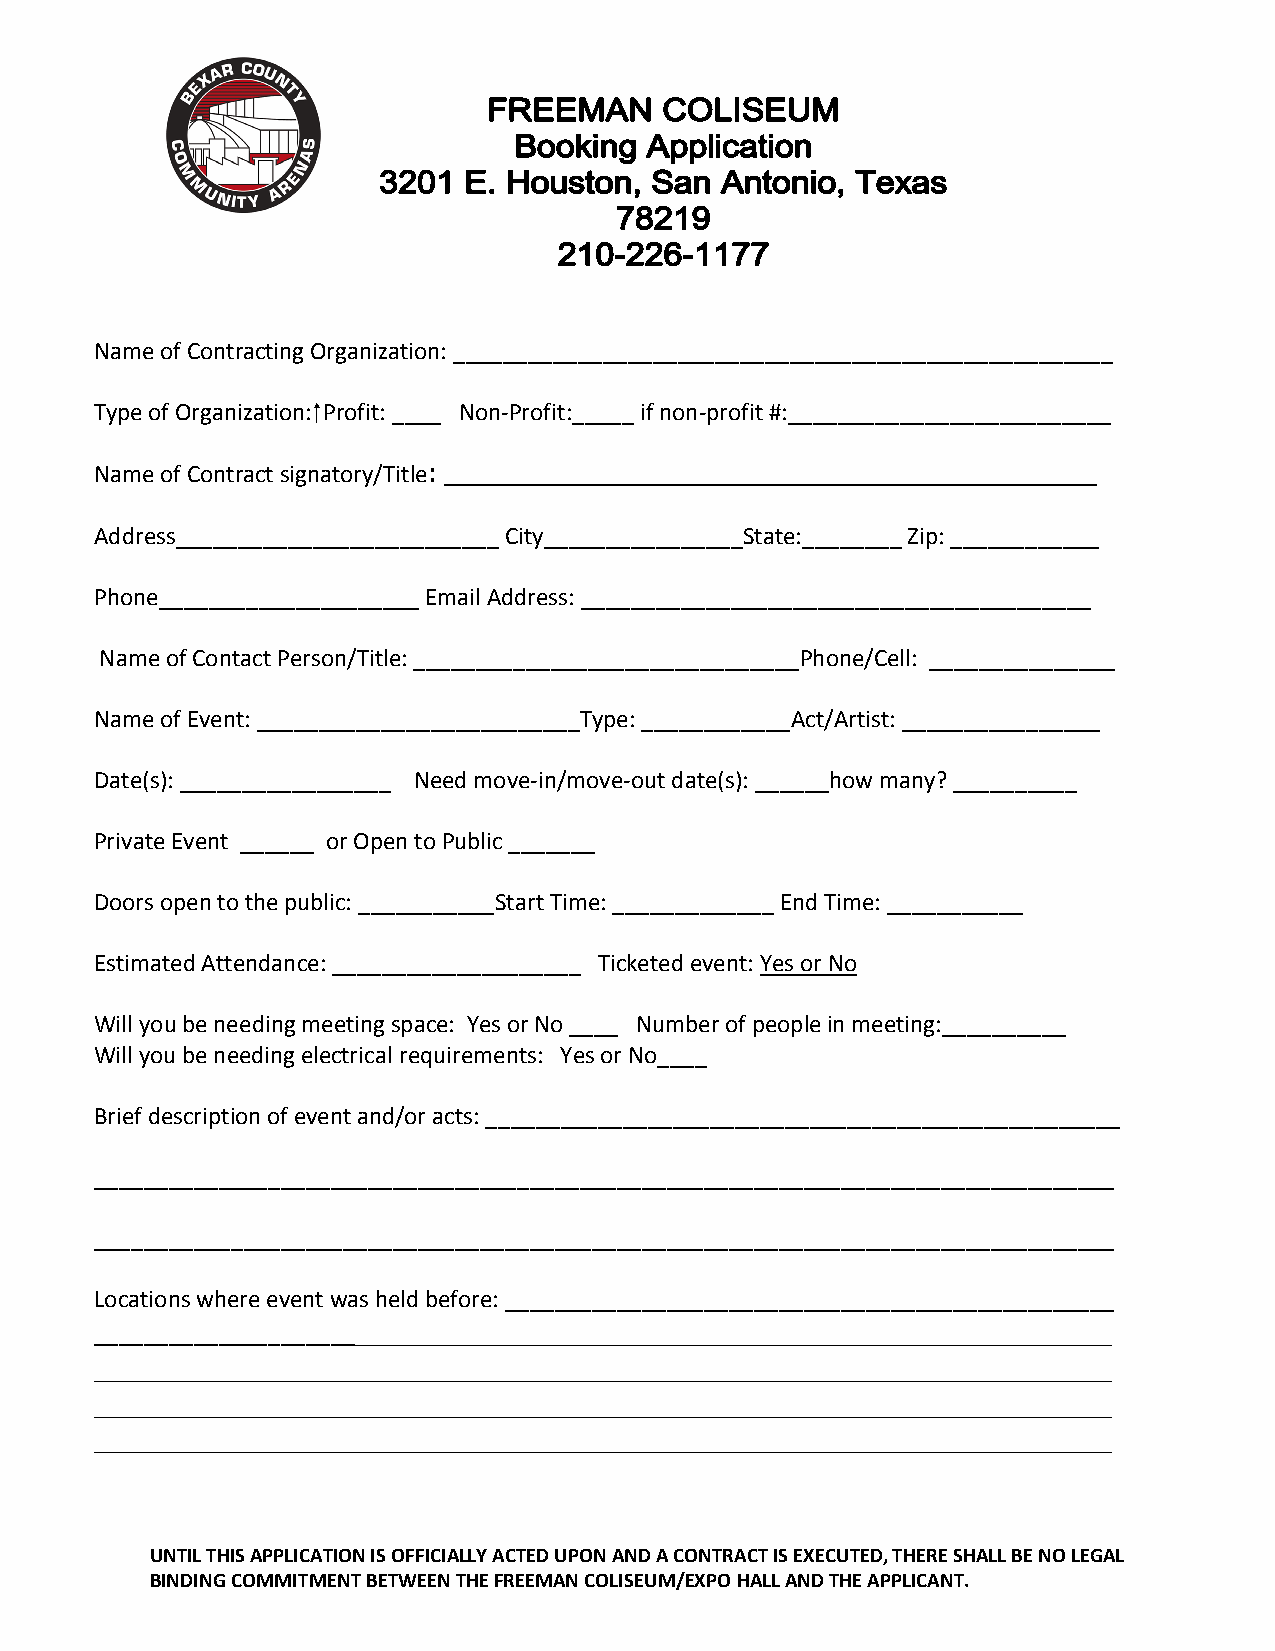
Name of Contracting Organization: _____________________________________________________
 Type of Organization: ⁭ Profit: ____ Non-Profit:_____ if non-profit #:__________________________
 Name of Contract signatory/Title: _________________________________________
 Address__________________________ City________________State:________ Zip: ____________
 Phone_____________________ Email Address: _________________________________________
 Name of Contact Person/Title: _______________________________Phone/Cell: _______________
 Name of Event: __________________________Type: ____________Act/Artist: ________________
 Date(s): _________________ Need move-in/move-out date(s): ______how many? __________
 Private Event ______ or Open to Public _______
 Doors open to the public: ___________Start Time: _____________ End Time: ___________
 Estimated Attendance: ____________________ Ticketed event: Yes or No
 Will you be needing meeting space: Yes or No ____ Number of people in meeting:__________
 Will you be needing electrical requirements: Yes or No____
 Brief description of event and/or acts: ___________________________________________________
 __________________________________________________________________________________
 __________________________________________________________________________________
 Locations where event was held before: _________________________________________________
 _________________________________________________________________________
 ______________________________________________________________________
 ______________________________________________________________________
 ______________________________________________________________________
 UNTIL THIS APPLICATION IS OFFICIALLY ACTED UPON AND A CONTRACT IS EXECUTED, THERE SHALL BE NO LEGAL
 BINDING COMMITMENT BETWEEN THE FREEMAN COLISEUM/EXPO HALL AND THE APPLICANT.